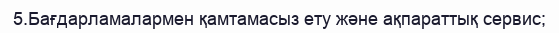
5.Бағдарламалармен қамтамасыз ету және ақпараттық сервис;